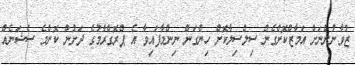
ޒުވާނުންނަށް އަމާޒްކޮށްގެން ސިލްސިލާކޮށް ހިންގަން ނިންމާފައިވާ އެ ޕްރޮގްރާމުގެ ދަށުން ކޮންމެ ސެޝަނެއް